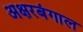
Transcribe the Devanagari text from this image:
अक्षरबंगाल